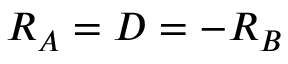
R _ { A } = D = - R _ { B }